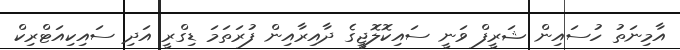
އާމިނަތު ހުސައިން ޝަރީފް ވަނީ ސައިކޮލޮޖީގެ ދާއިރާއިން ފުރަތަމަ ޑިގްރީ އަދި ސައިކިއަޓްރިކް